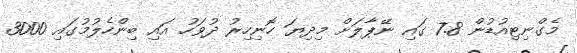
މެގްނިޓިއުޑުން 7.8 ގައި ނޭޕާލަށް މިދިޔަ ހޮނިހިރު ދުވަހު އައި ބިންހެލުމުގައި 3000